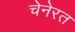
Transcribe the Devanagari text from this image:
चेनेरत